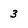
Character: 3